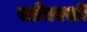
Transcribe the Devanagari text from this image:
फ्लेचरशी